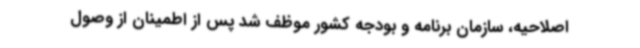
اصلاحیه، سازمان برنامه و بودجه کشور موظف شد پس از اطمینان از وصول